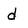
Character: d